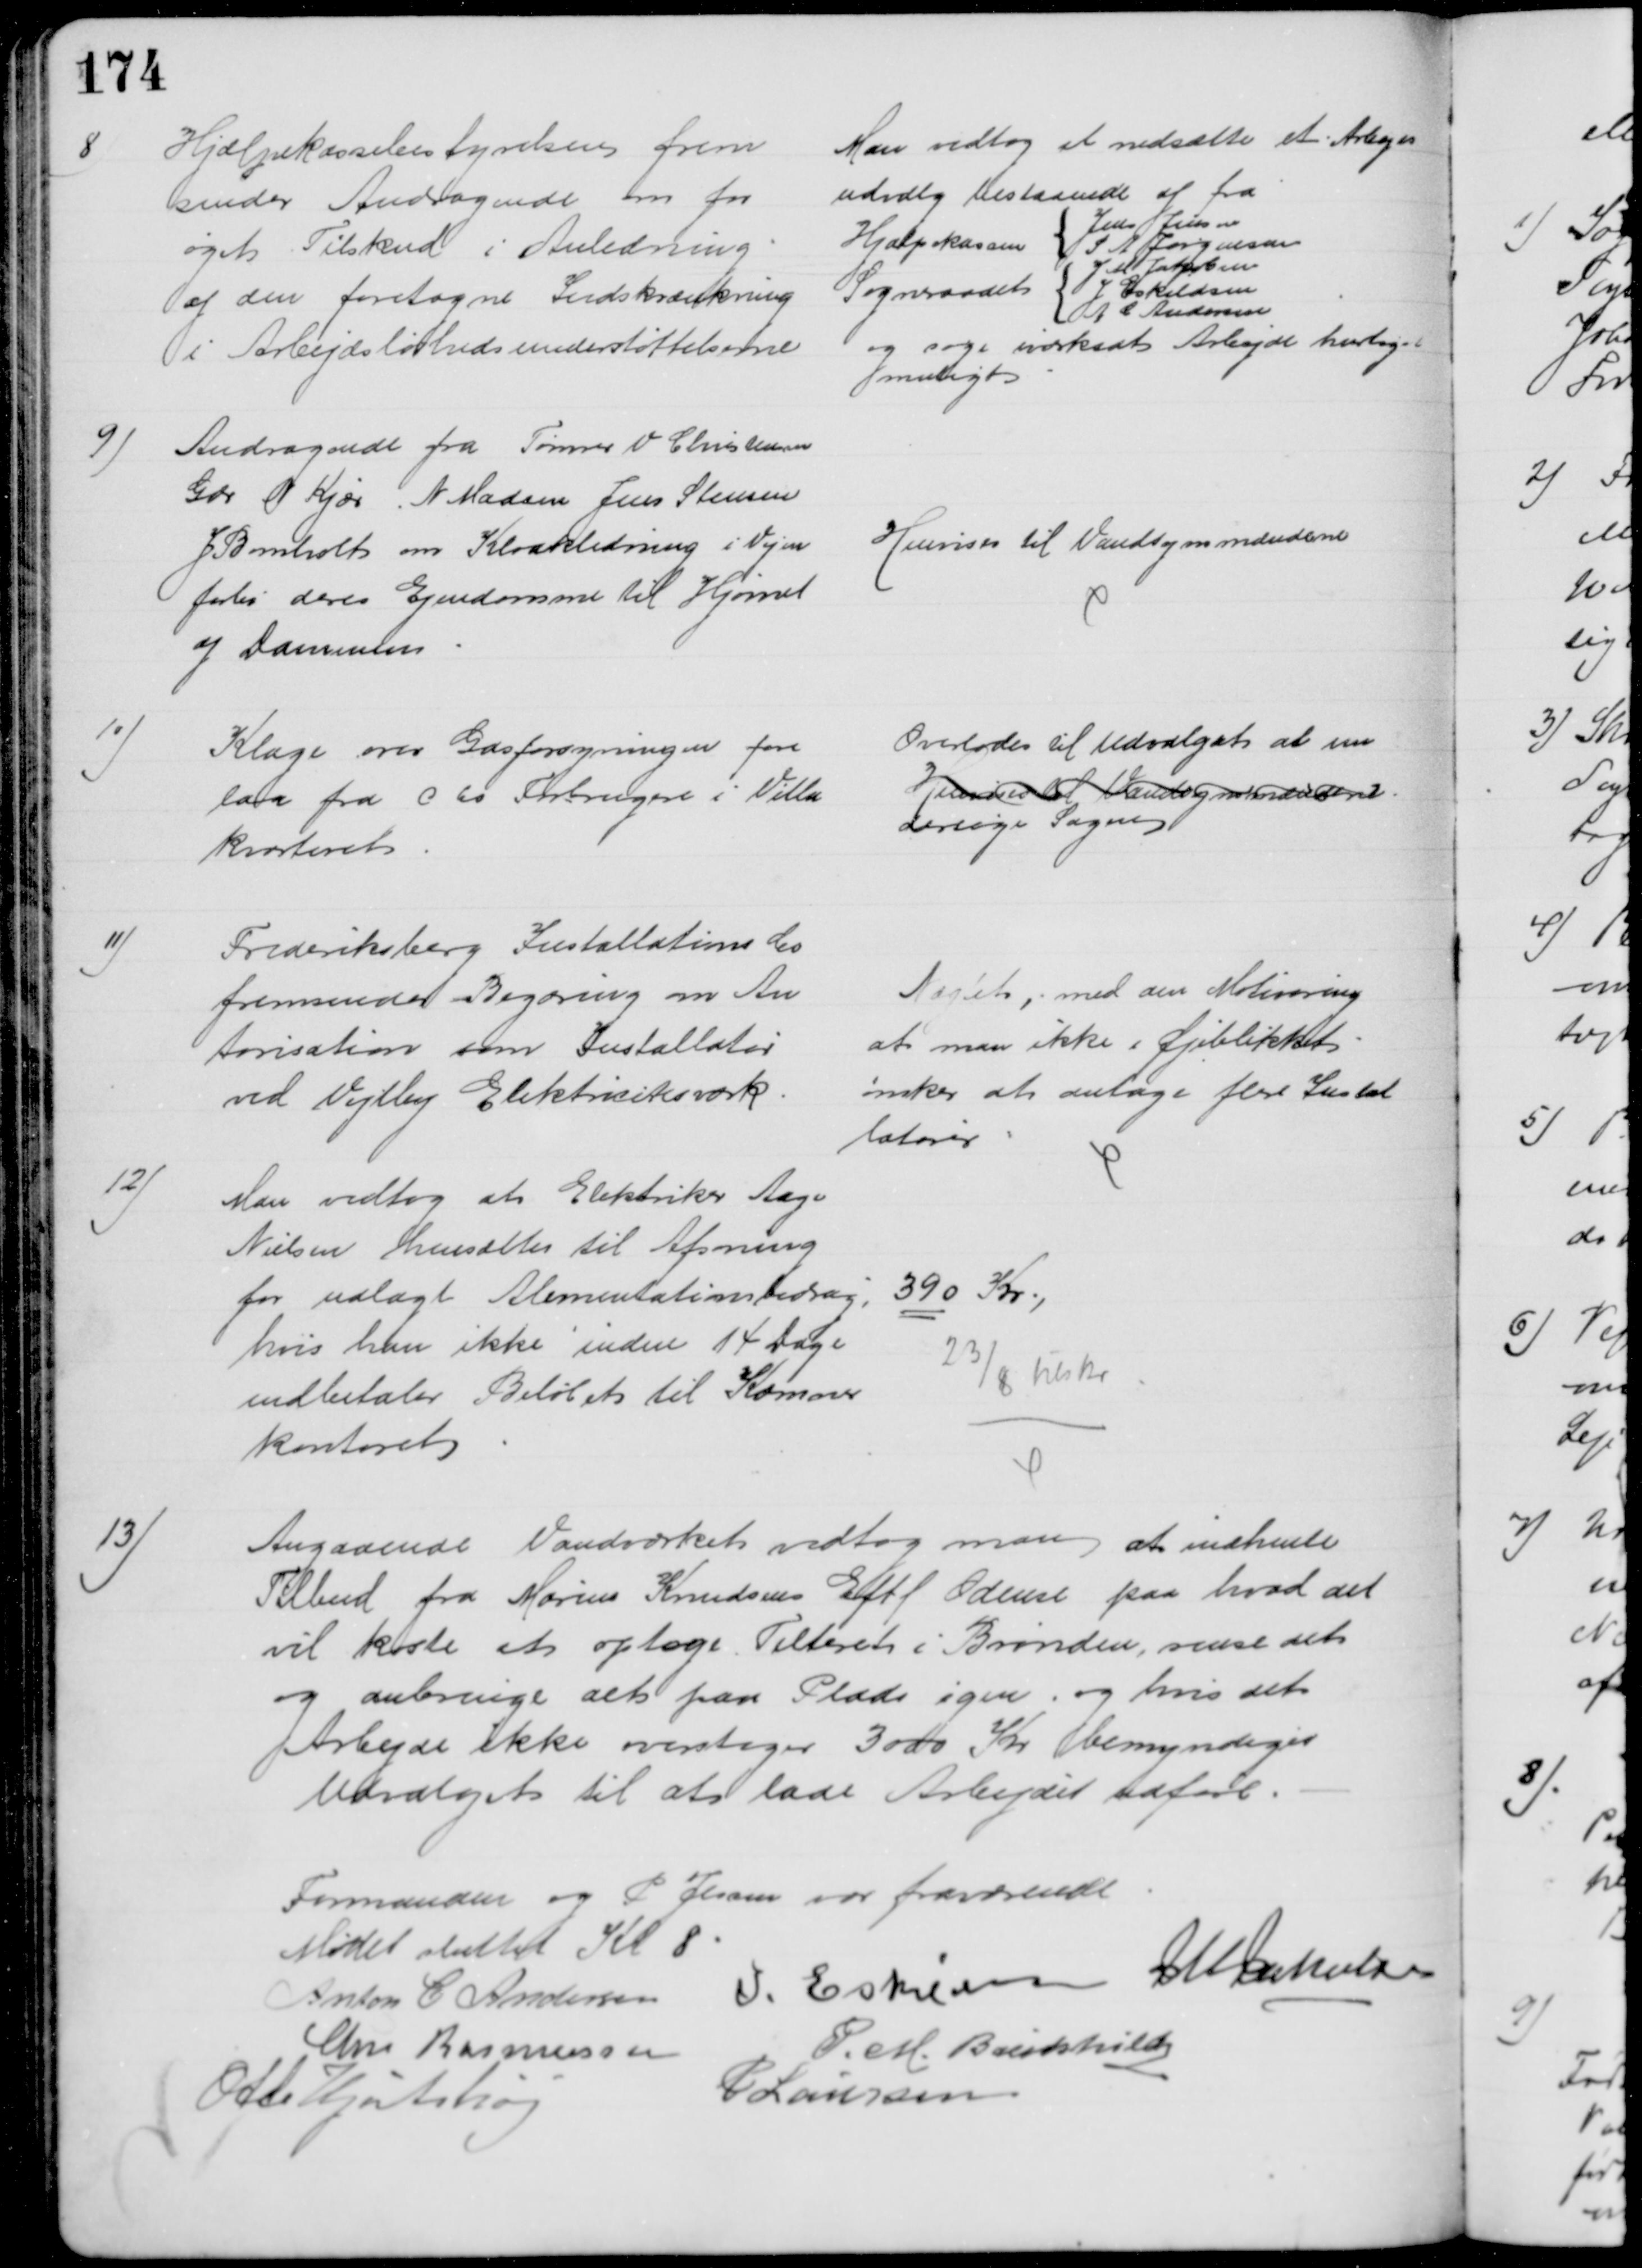
Transskription:
8
Hjælpekassebestyrelsen frem
sender Andragende om for
øget Tilskud i Anledning
af den foretagne Indskrænkning
i Arbejdsløshedsunderstøttelserne
Man vedtog at nedsætte et Arbejds
udvalg bestaaende af fra
Hjælpekassen
Jens Jensen
S A Jørgensen
Sogneraadet
J M Jakobsen
J. Eskildsen
A C Andersen
og søge iværksat Arbejde hurtigst
muligt
9)
Andragende fra Tømrer V Christensen
Gdr N Kjær N Madsen Jens Stensen
J Bomholt om Kloakledning i Vejen
forbi deres Ejendomme til Hjørnet
af Dammen
Henvises til Vandsynsmændene
10)
Klage over Gasforsyningen fore
laa fra c 60 Forbrugere i Villa
kvarteret
Overlodes til Udvalgets at un
Henvises til Vandsynsmændene
dersøge Sagen
11)
Frederiksberg Installations Co
fremsender Begæring om Au
torisation som Installatør
ved Vejlby Elektricitetsværk.
Nægtet, med den Motivering
at man ikke i Øjeblikket
ønsker at antage flere Instal
latører.
12)
Man vedtog at Elektriker Aage
Nielsen hensættes til Afsoning
for udlagt Alimentationsbidrag,
hvis han ikke inden 14 Dage
indbetaler Beløbet til Kæmner
kontoret
390 Kr
23/8 tilskr
13)
Angaaende Vandværket vedtog man at indhente
Tilbud fra Marius Knudsens Eftf Odense paa hvad det
vil koste at optage Filteret i Brønden, rense det 
og anbringe det paa Plads igen, og hvis det
Arbejde ikke overstiger 3000 Kr bemyndiges
Udvalget til at lade Arbejdet udføre.
Formanden og P Jessen var fraværende
Mødet sluttet Kl 8
Anton C Andersen
I Eskildsen J M Jakobsen
Chr. Rasmussen
P. M. Breinhild
Otto Hjortshøj
P Laursen